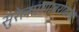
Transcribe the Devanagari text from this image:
सुरेलपणाबरोबरच